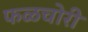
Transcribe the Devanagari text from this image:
फळचोरी